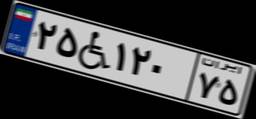
۲۵W۱۲۰۷۵